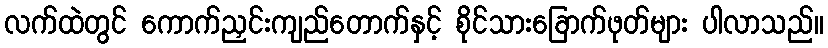
လက်ထဲတွင် ကောက်ညှင်းကျည်တောက်နှင့် စိုင်သားခြောက်ဖုတ်များ ပါလာသည်။